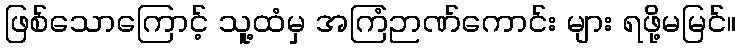
ဖြစ်သောကြောင့် သူ့ထံမှ အကြံဉာဏ်ကောင်း များ ရဖို့မမြင်။